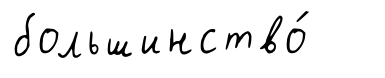
большинство́